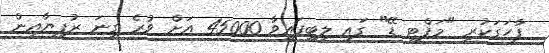
ފާހަގަކުރި "މަފްޓީ ޑޭ" ގައި ލިބިފައިވާ 45000 އަށް ވުރެ ގިނަ ރުފިޔާއިން